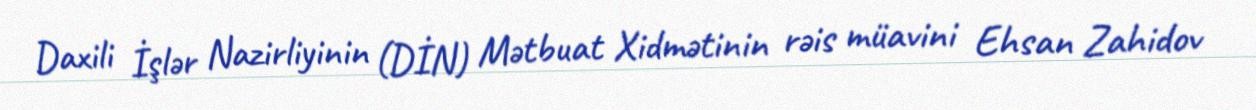
Daxili İşlər Nazirliyinin (DİN) Mətbuat Xidmətinin rəis müavini Ehsan Zahidov